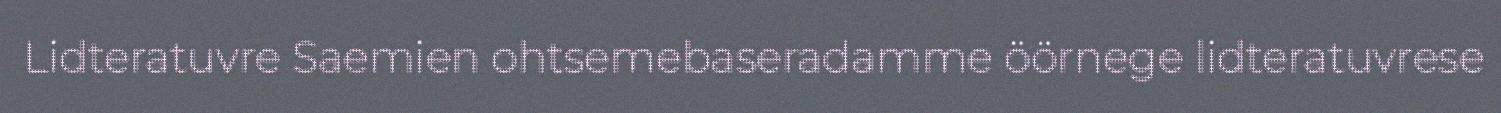
Lidteratuvre Saemien ohtsemebaseradamme öörnege lidteratuvrese